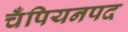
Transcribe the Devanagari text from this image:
चँपियनपद